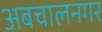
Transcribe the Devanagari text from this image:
अबचालनगर